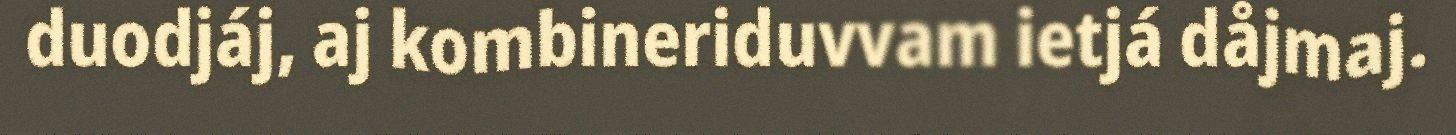
duodjáj, aj kombineriduvvam ietjá dåjmaj.